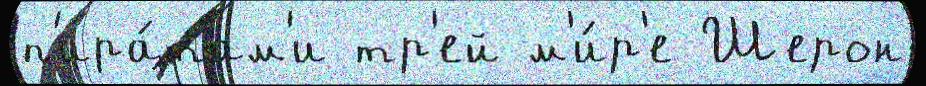
п'ира́там'и тр'ей м'и́р'е Шерон